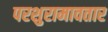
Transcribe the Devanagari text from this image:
परशुरामावतार